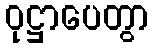
ဝုဋ္ဌာပေတွာ